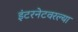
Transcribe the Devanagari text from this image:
इंटरनेटवरल्या